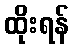
ထိုးရန်